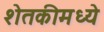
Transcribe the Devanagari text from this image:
शेतकीमध्ये